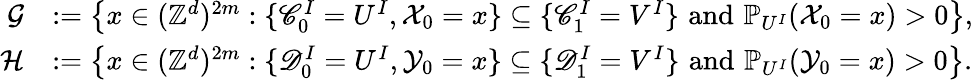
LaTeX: \begin{array}{rl}{\mathcal G}&{:=\left\{ x\in(\mathbb{Z}^{d})^{2m}:\{ \mathscr{C}_{0}^{I}=U^{I},\mathcal X_{0}=x\} \subseteq\{ \mathscr{C}_{1}^{I}=V^{I}\} \, \, \mathrm{and}\, \, \mathbb{P}_{U^{I}}(\mathcal X_{0}=x)>0\right\} ,}\\ {\mathcal H}&{:=\left\{ x\in(\mathbb{Z}^{d})^{2m}:\{ \mathscr{D}_{0}^{I}=U^{I},\mathcal Y_{0}=x\} \subseteq\{ \mathscr{D}_{1}^{I}=V^{I}\} \, \, \mathrm{and}\, \, \mathbb{P}_{U^{I}}(\mathcal Y_{0}=x)>0\right\} .}\end{array}